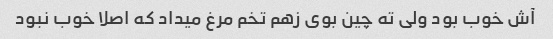
آش خوب بود ولی ته چین بوی زهم تخم مرغ میداد که اصلا خوب نبود